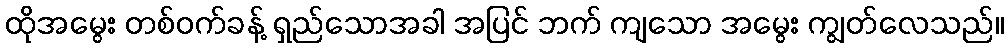
ထိုအမွေး တစ်ဝက်ခန့် ရှည်သောအခါ အပြင် ဘက် ကျသော အမွေး ကျွတ်လေသည်။